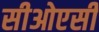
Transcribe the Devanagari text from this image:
सीओएसी